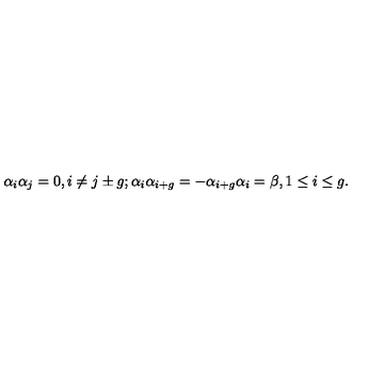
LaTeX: \alpha _ { i } \alpha _ { j } = 0 , i \neq j \pm g ; \alpha _ { i } \alpha _ { i + g } = - \alpha _ { i + g } \alpha _ { i } = \beta , 1 \leq i \leq g .